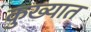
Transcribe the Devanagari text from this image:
कुख्‍यात